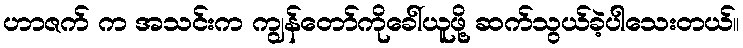
ဟာဇက် က အသင်းက ကျွန်တော်ကိုခေါ်ယူဖို့ ဆက်သွယ်ခဲ့ပါသေးတယ်။